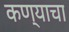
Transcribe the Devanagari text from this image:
कण्याचा